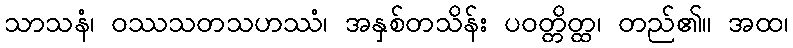
သာသနံ၊ ဝဿသတသဟဿံ၊ အနှစ်တသိန်း ပဝတ္တိတ္ထ၊ တည်၏။ အထ၊